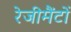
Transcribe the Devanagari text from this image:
रेजीमैंटों